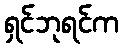
ရှင်ဘုရင်က